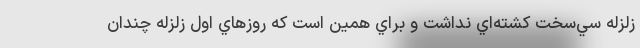
زلزله سي‌سخت كشته‌اي نداشت و براي همين است كه روزهاي اول زلزله چندان